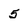
Character: 5